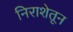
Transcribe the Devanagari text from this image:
निराशेतून